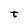
Character: t